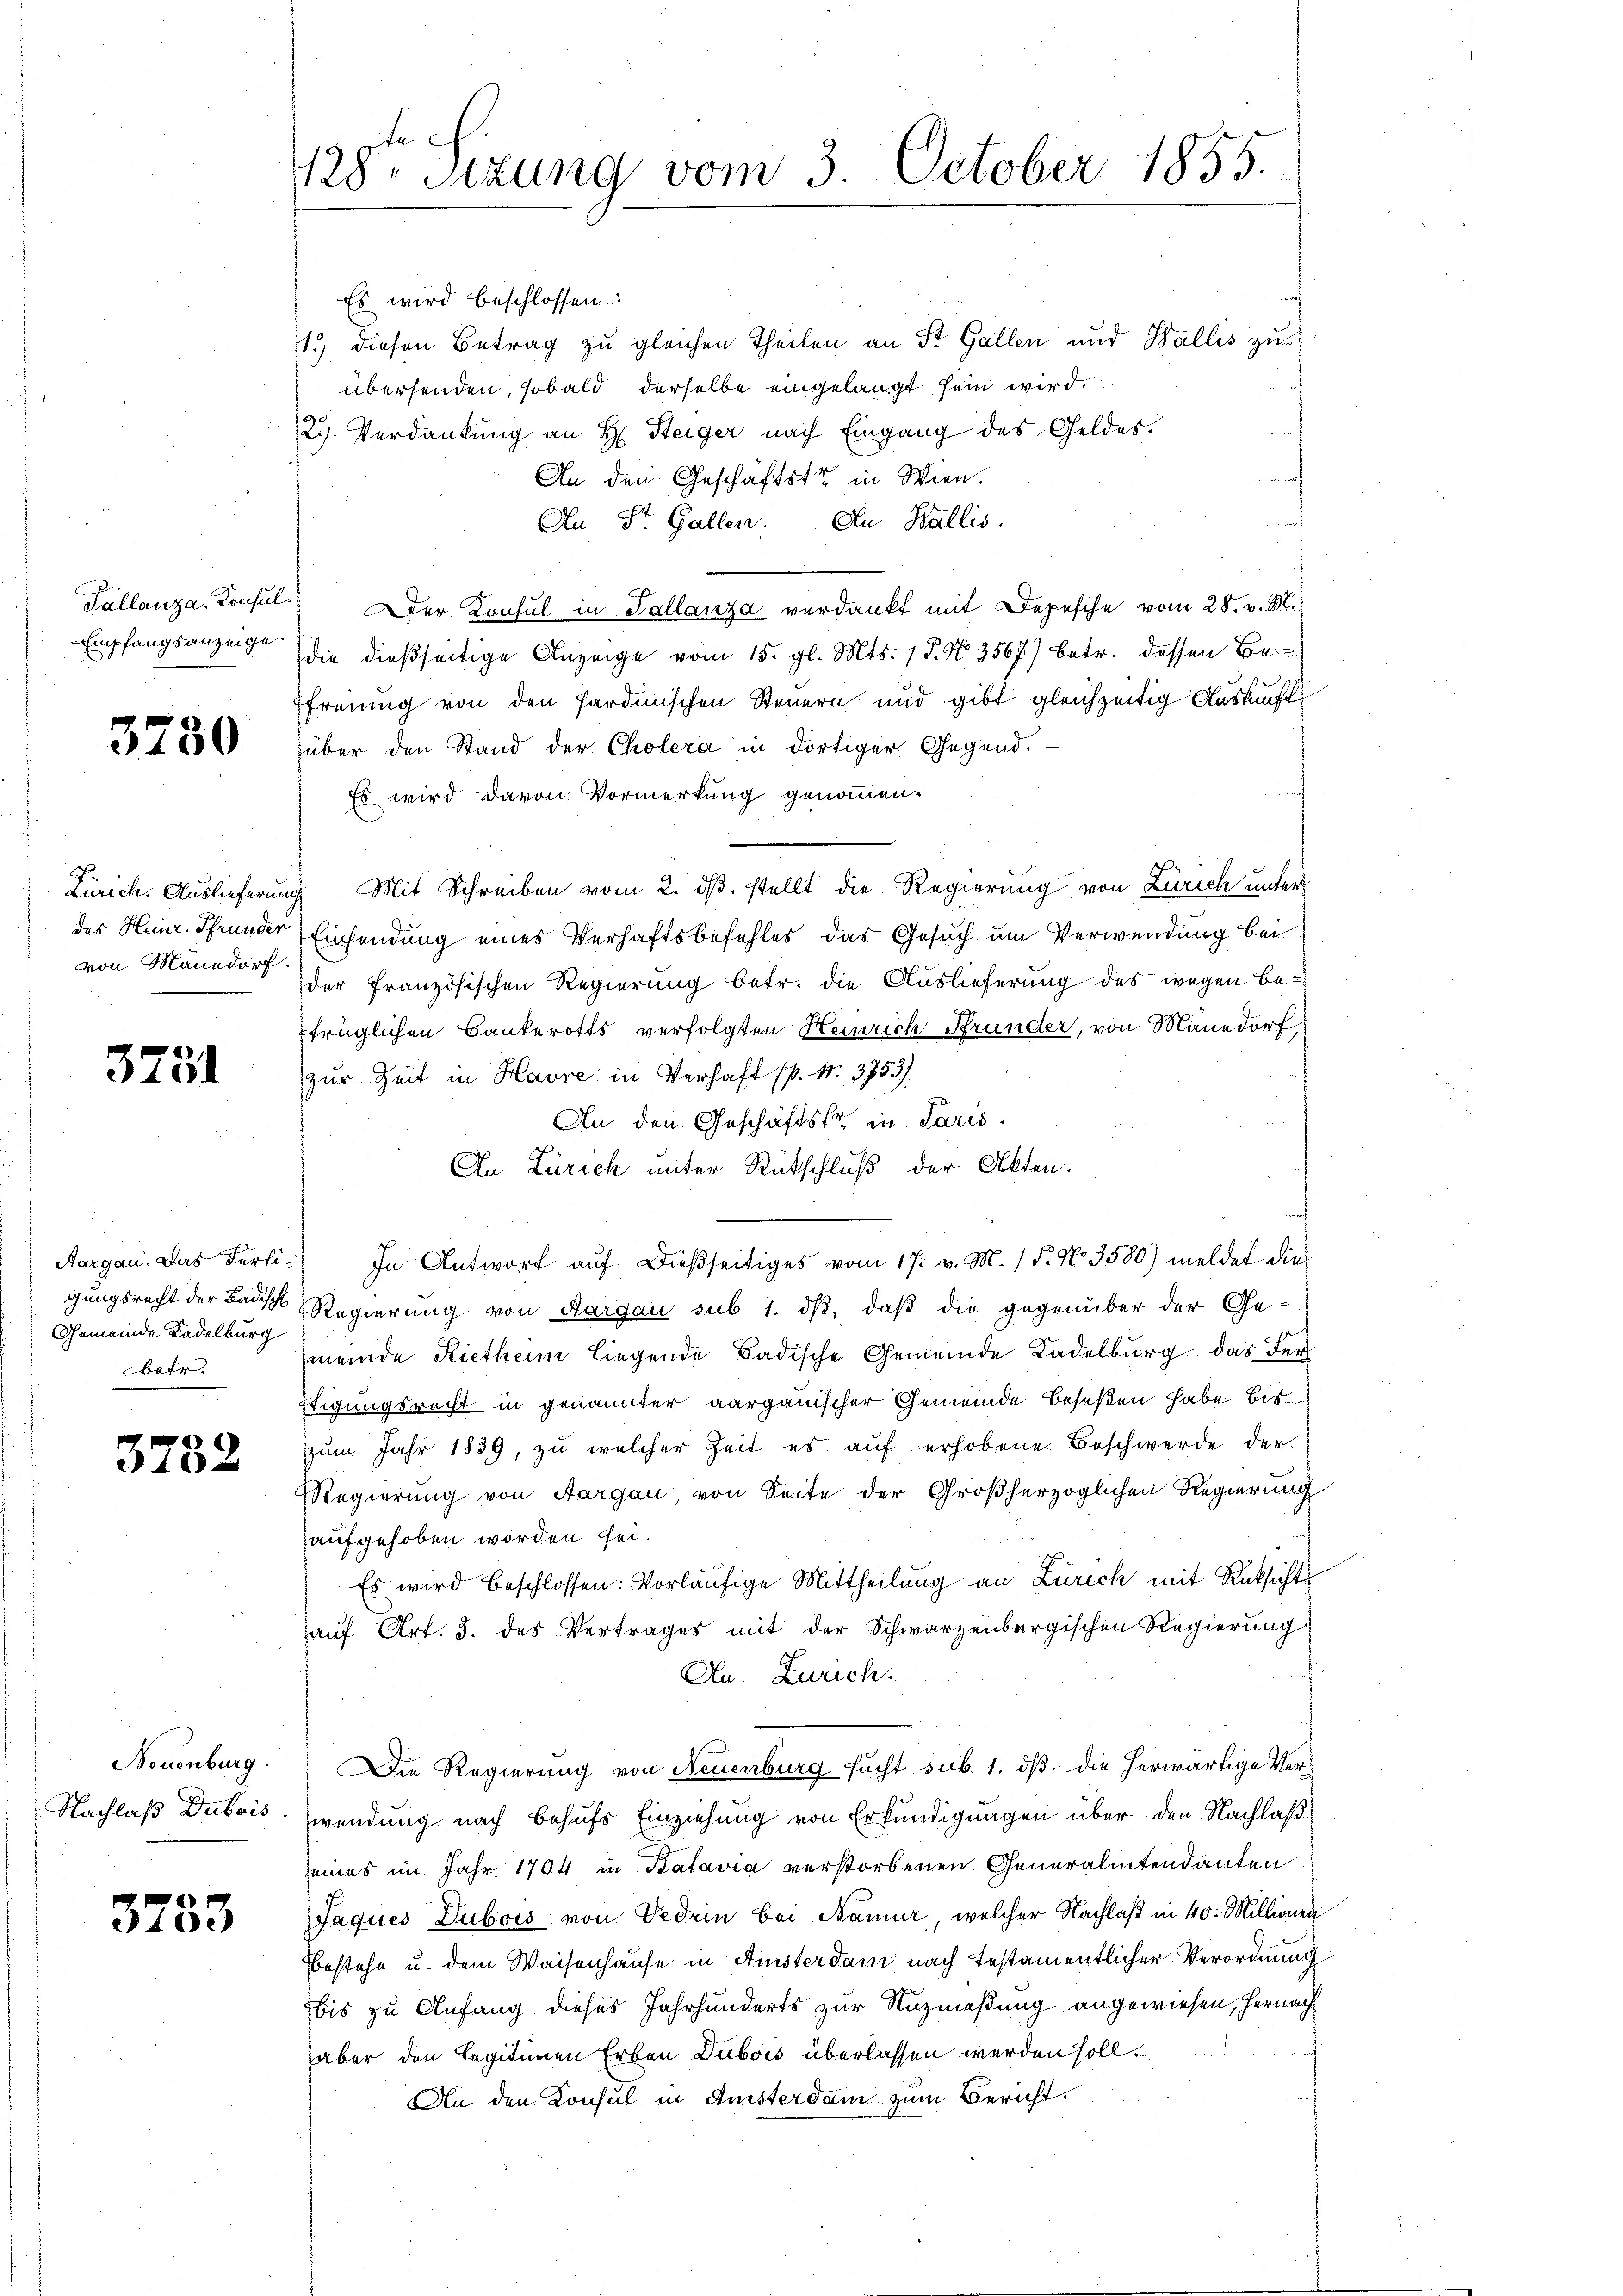
3730

von Männdorf.

3731

Es wird beschlossen:
1.) diesen Betrag zu gleichen Theilen an St. Gallen und Wallis zuübersenden, sobald derselbe eingelangt sein wird.
Rg. Verdankung an H. Steiger nach Eingang des Geldes.
An den Geschäftstr in Wien.
An St. Gallen. An Wallis.
Tallanza. Consul." Der Konsul in Tallanza verdankt mit Depesche vom 28. v. M.
Empfangsanzeige die dießseitige Anzeige vom 15. gl. Mts. 1 P. Nr. 3567) betr. dessen Be-
Efreiung von den Sardinischen Steuern und gibt gleichzeitig Auskunft
über den Stand der Cholera in dortiger Gegend.
Es wird davon Vormerkung genommen.
Zürich. Auslieferung Mit Schreiben vom 2. dβ. stellt die Regierung von Zürich unter
des Heinr. Pfrunder Einsendung eines Verhaftsbefehles das Gesuch um Verwendung bei
der französischen Regierung betr. die Auslieferung des wegen betrüglichen Bankerotts verfolgten Heinrich Pfrunder, von Manedorf
zur Zeit in Havre in Verhaft (p. N. 3753)
An den Geschäftstr in Paris.
An Zürich unter Rückschluß der Akten.
Aargau. Das Ferti. In Antwort aŭf dießseitiges vom 17. v. M. / 5. No 3500) meldet die
gungsrecht der Bausch Regierung von Aargau sub 1. dß, daß die gegenüber der Gemeinde Rietheim liegende Badische Gemeinde Kadelburg das Fer
Etigungsrecht in genannter aargauischer Gemeinde beseßen habe bis
zzum Jahr 1839, zu welcher Zeit es auf erhobene Beschwerde der
Regierung von Aargau, von Seite der Großherzoglichen Regierung
aufgehoben worden sei.
Es wird beschlossen: Vorläŭfige Mittheilung an Zürich mit Rücksicht
auf Art. 3. des Vertrages mit der Schwarzenbergischen Regierung
An Zürich.
Neuenburg. Die Regierung von Neuenburg sucht sub 1. dß. die herwärtige Ver¬
Nachlaß Dubois, wendung nach behufs Einziehung von Erkundigungen über den Nachlaßseines im Jahr 1704 in Batavia verstorbenen Generalintendanten
Jaques Dubois von Veden bei Namur, welcher Nachlaß in 40. Millionen
Bestehe u. dem Waisenhause in Amisterdam nach festamentlicher Verordnung
bis zu Anfang dieses Jahrhunderts zur Nuzmaßung angewiesen, hernach
aber den Legitimen Erben Dubois überlassen werden soll.
An den Konsul in Ansterdam zum Bericht.

Gemeinde Kadelburg
betr.

3752

3753

tech
1128. Sitzung vom 3. October 1855.